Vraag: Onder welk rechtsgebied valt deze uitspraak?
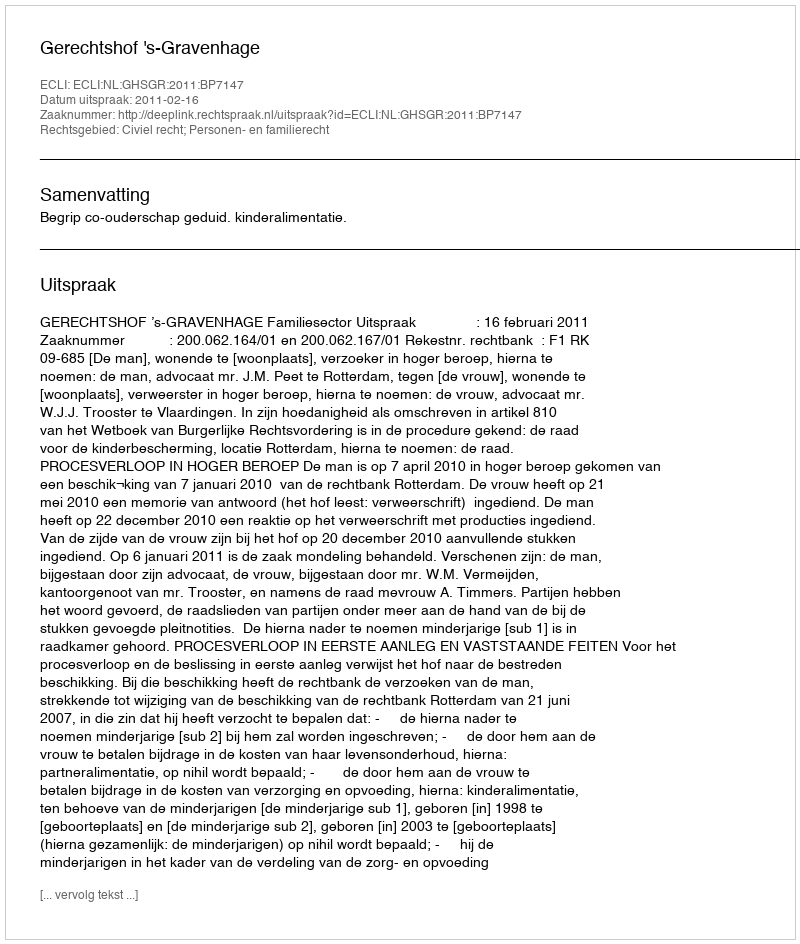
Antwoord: Civiel recht; Personen- en familierecht